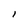
Character: 1